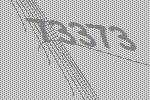
73373